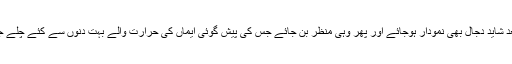
جس کے بعد شاید دجال بھی نمودار ہوجائے اور پھر وہی منظر بن جائے جس کی پیش گوئی ایماں کی حرارت والے بہت دنوں سے کئے چلے جا رہے ہیں۔